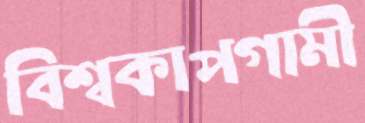
বিশ্বকাপগামী